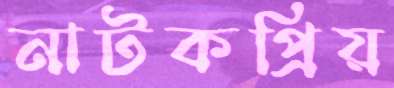
নাটকপ্রিয়